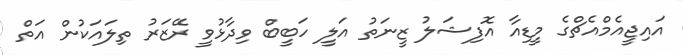
އައިޖީއެމްއެޗްގެ މީޑިއާ އޮފިޝަލު ޒީނަތު އަލީ ހަބީބް ވިދާޅުވީ ރޭޒަރު ތިލައަކުން އަތް